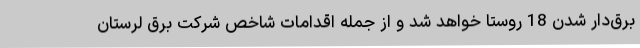
برق‌دار شدن 18 روستا خواهد شد و از جمله اقدامات شاخص شرکت برق لرستان